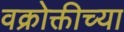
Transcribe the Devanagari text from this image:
वक्रोक्तीच्या